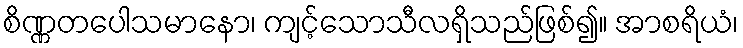
စိဏ္ဏတပေါသမာနော၊ ကျင့်သောသီလရှိသည်ဖြစ်၍။ အာစရိယံ၊